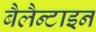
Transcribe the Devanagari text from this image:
बैलैन्टाइन